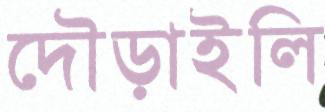
দৌড়াইলি